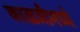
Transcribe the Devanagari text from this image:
काळजीमध्ये